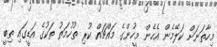
މިހާތަނަށް ކަލޭމެން އެހެން މީހުންގެ މައްޗައް ކުރި ތުހުމަތު ތަކުގެ އަޑީގައި ތިބީ